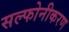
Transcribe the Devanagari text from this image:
सल्फोनीकरण